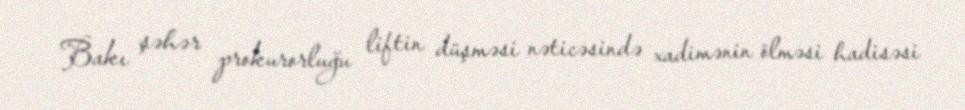
Bakı şəhər prokurorluğu liftin düşməsi nəticəsində xadimənin ölməsi hadisəsi